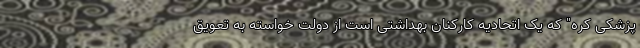
پزشکی کره" که یک اتحادیه کارکنان بهداشتی است از دولت خواسته به تعویق